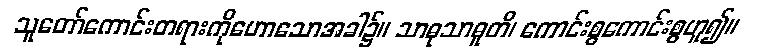
သူတော်ကောင်းတရားကိုဟောသောအခါ၌။ သာဓုသာဓူတိ၊ ကောင်းစွကောင်းစွဟူ၍။